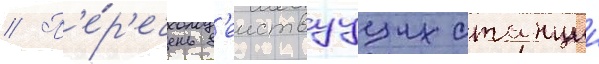
// П'е́р'ечень д'еиствуущих станции